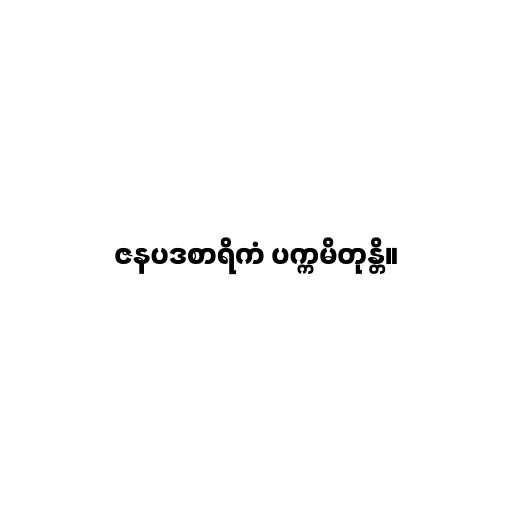
ဇနပဒစာရိကံ ပက္ကမိတုန္တိ။